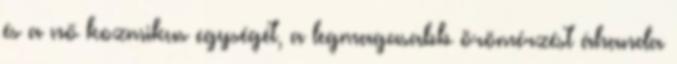
és a nő kozmikus egységét, a legmagasabb örömérzést áhanda